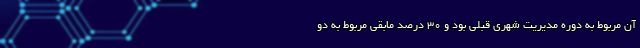
آن مربوط به دوره مدیریت شهری قبلی بود و ۳۰ درصد مابقی مربوط به دو